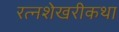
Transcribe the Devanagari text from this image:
रत्नशेखरीकथा